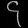
Digit: ၄